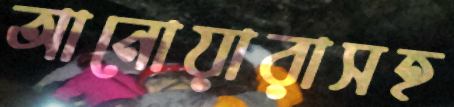
আনোয়ারাসহ